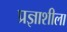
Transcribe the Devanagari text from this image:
प्रज्ञाशीला